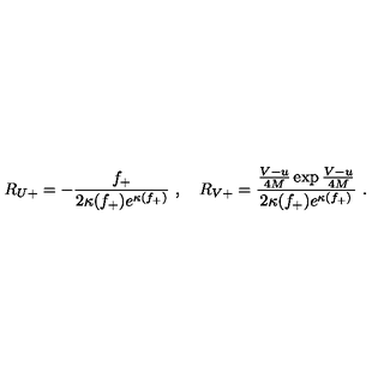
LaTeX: R _ { U + } = - \frac { f _ { + } } { 2 \kappa ( f _ { + } ) e ^ { \kappa ( f _ { + } ) } } \ , \quad R _ { V + } = \frac { \frac { V - u } { 4 M } \exp \frac { V - u } { 4 M } } { 2 \kappa ( f _ { + } ) e ^ { \kappa ( f _ { + } ) } } \ .